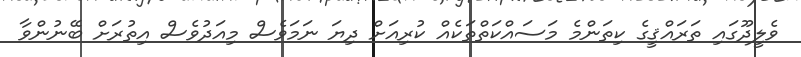
ވެލީދޫގައި ތަރައްޤީގެ ކިތަންމެ މަސައްކަތްތަކެއް ކުރިއަށް ދިޔަ ނަމަވެސް މިއަދުވެސް އިތުރަށް ބޭނުންވާ